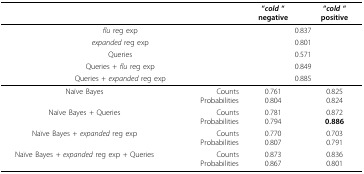
<table><thead><tr><td colspan="2"></td><td><b>&quot;<i>cold </i>&quot;negative</b></td><td><b>&quot;<i>cold </i>&quot;positive</b></td></tr></thead><tbody><tr><td colspan="2"><i>flu </i>reg exp</td><td colspan="2">0.837</td></tr><tr><td colspan="2"><i>expanded </i>reg exp</td><td colspan="2">0.801</td></tr><tr><td colspan="2">Queries</td><td colspan="2">0.571</td></tr><tr><td colspan="2">Queries + <i>flu </i>reg exp</td><td colspan="2">0.849</td></tr><tr><td colspan="2">Queries + <i>expanded </i>reg exp</td><td colspan="2">0.885</td></tr><tr><td>Naïve Bayes</td><td>CountsProbabilities</td><td>0.7610.804</td><td>0.8250.824</td></tr><tr><td>Naïve Bayes + Queries</td><td>CountsProbabilities</td><td>0.7810.794</td><td>0.872<b>0.886</b></td></tr><tr><td>Naïve Bayes + <i>expanded </i>reg exp</td><td>CountsProbabilities</td><td>0.7700.807</td><td>0.7030.791</td></tr><tr><td>Naïve Bayes + <i>expanded </i>reg exp + Queries</td><td>CountsProbabilities</td><td>0.8730.867</td><td>0.8360.801</td></tr></tbody></table>